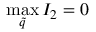
\operatorname* { m a x } _ { \tilde { q } } { I _ { 2 } } = 0